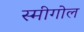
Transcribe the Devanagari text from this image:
स्मीगोल